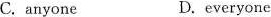
C. anyone D.everyone